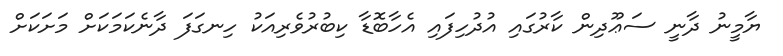
ޔާމީނު ދާނީ ސަޢޫދިން ކާރުގައި އުދުހިފައި އެހާބޮޑާ ކިބުރުވެރިއަކު ހިނގަފަ ދާނެކަމަކަށް މަށަކަށް